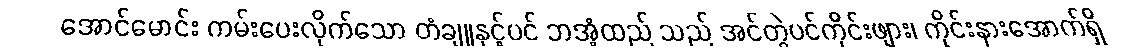
အောင်မောင်း ကမ်းပေးလိုက်သော တံချူနှင့်ပင် ဘအံ့ထည် သည် အင်တွဲပင်ကိုင်းဖျား၊ ကိုင်းနားအောက်ရှိ